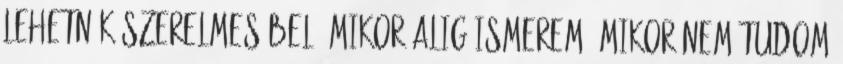
lehetnék szerelmes belé mikor alig ismerem? Mikor nem tudom